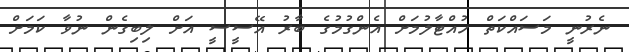
ނެރުނީ މަސައްކަތް ހުއްޓާލުމަށް އެންގުމުގެ ބާރު އޭސީސީ އަށް ލިބިގެން ނުވާ ކަމަށް